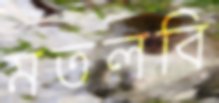
মতলবি